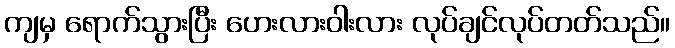
ကျမှ ရောက်သွားပြီး ဟေးလားဝါးလား လုပ်ချင်လုပ်တတ်သည်။